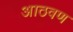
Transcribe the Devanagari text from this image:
अाठवण